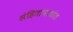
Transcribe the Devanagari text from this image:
संहितापाठांत